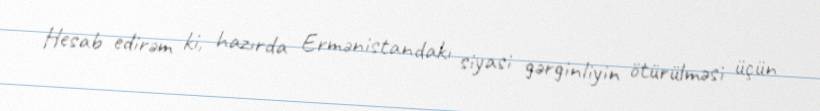
Hesab edirəm ki, hazırda Ermənistandakı siyasi gərginliyin ötürülməsi üçün